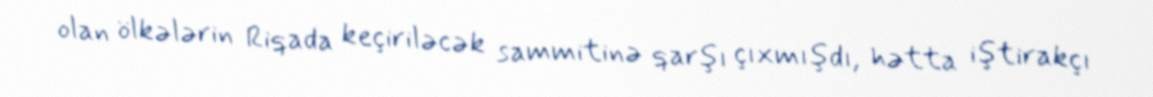
olan ölkələrin Riqada keçiriləcək sammitinə qarşı çıxmışdı, hətta iştirakçı